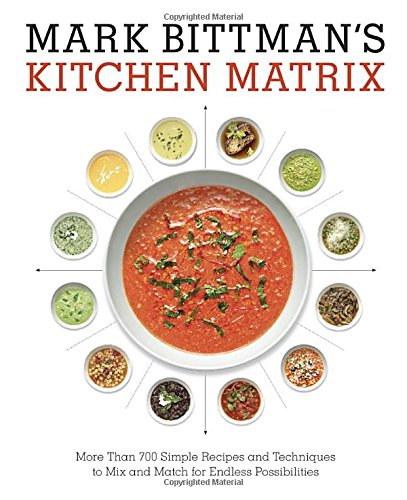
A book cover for Mark Bittman's Kitchen Matrix: More Than 700 Simple Recipes and Techniques to Mix and Match for Endless Possibilities; Mark Bittman; Cookbooks, Food & Wine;